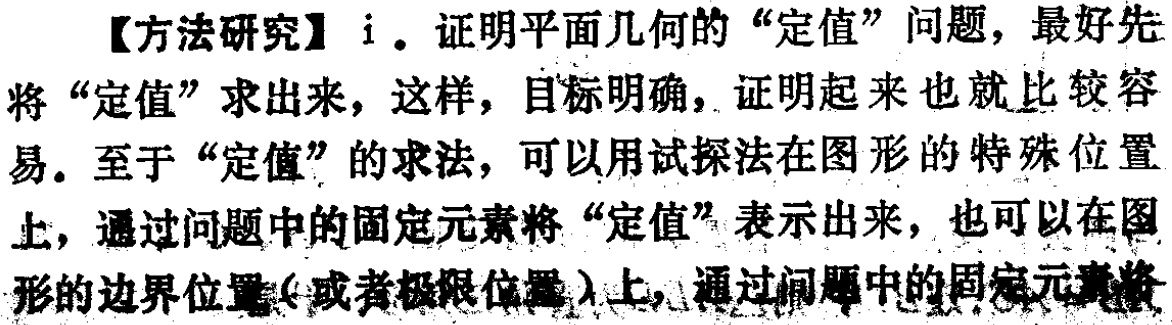
【方法研究】i. 证明平面几何的“定值”问题，最好先将“定值”求出来，这样，目标明确，证明起来也就比较容易. 至于“定值”的求法，可以用试探法在图形的特殊位置上，通过问题中的固定元素将“定值”表示出来，也可以在图形的边界位置(或者极限位置)上，通过问题中的固定元素将